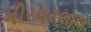
ગીરધરલાલ